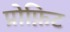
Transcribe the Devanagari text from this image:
प्रोफ़िट